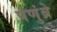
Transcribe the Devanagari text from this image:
पणुंब्रे